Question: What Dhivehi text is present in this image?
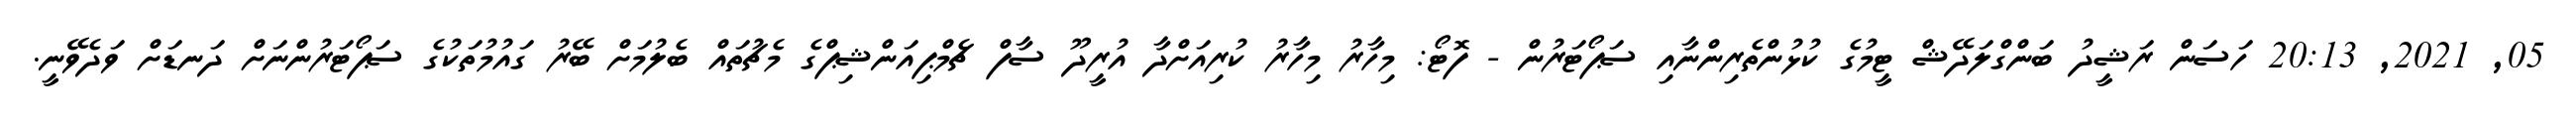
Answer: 05, 2021, 20:13 ހަސަން ރަޝީދު ބަންގްލަދޭޝް ޓީމުގެ ކުޅުންތެރިންނާއި ސަޕޯޓަރުން - ފޮޓޯ: މިހާރު މިހާރު ކުރިއަށްދާ އުރީދޫ ސާފް ޗެމްޕިއަންޝިޕްގެ މެޗުތައް ބެލުމަށް ބޭރު ގައުމުތަކުގެ ސަޕޯޓަރުންނަށް ދަނޑަށް ވަދެވޭނީ.